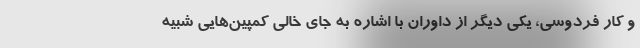
و کار فردوسی، یکی دیگر از داوران با اشاره به جای خالی کمپین‌هایی شبیه